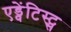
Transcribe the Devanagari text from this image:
एड्वेंटिस्ट्स